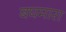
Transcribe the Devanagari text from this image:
बघमारा